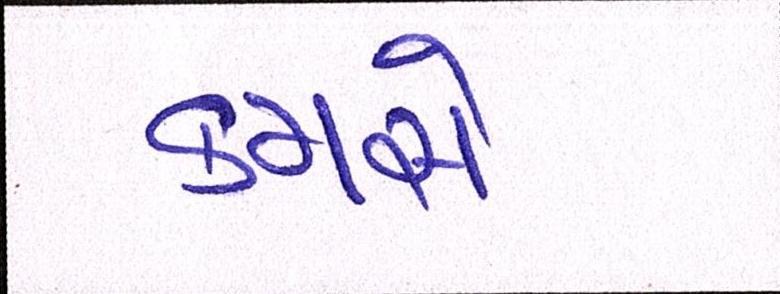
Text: કમસે